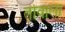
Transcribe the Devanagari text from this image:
तोवाला